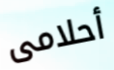
أحلامى